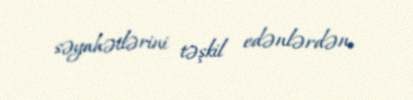
səyahətlərini təşkil edənlərdən.